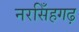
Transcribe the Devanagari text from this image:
नरसिँहगढ़